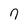
Character: 7